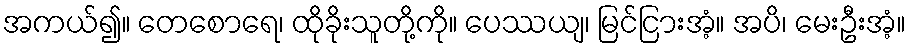
အကယ်၍။ တေစောရေ၊ ထိုခိုးသူတို့ကို။ ပေဿယျ၊ မြင်ငြားအံ့။ အပိ၊ မေးဦးအံ့။